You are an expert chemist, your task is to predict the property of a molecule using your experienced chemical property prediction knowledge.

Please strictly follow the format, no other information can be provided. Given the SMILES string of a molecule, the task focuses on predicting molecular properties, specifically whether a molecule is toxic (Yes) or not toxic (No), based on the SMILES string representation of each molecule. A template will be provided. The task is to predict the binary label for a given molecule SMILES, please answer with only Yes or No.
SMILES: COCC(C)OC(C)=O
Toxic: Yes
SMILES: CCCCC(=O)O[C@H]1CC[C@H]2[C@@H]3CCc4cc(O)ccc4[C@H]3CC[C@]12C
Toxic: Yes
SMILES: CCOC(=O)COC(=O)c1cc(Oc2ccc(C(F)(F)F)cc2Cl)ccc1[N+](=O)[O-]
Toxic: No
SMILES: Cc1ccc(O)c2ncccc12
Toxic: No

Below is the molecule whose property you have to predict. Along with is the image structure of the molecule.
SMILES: C1CCC(C(CC2CCCCN2)C2CCCCC2)CC1
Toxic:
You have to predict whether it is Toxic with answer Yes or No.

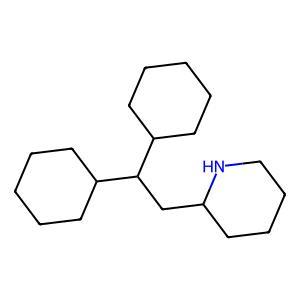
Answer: No